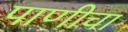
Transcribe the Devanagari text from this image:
पाणीचा